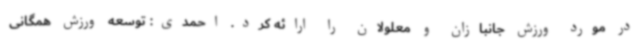
در مورد ورزش جانبازان و معلولان را ارائه کرد. احمدی: توسعه ورزش همگانی